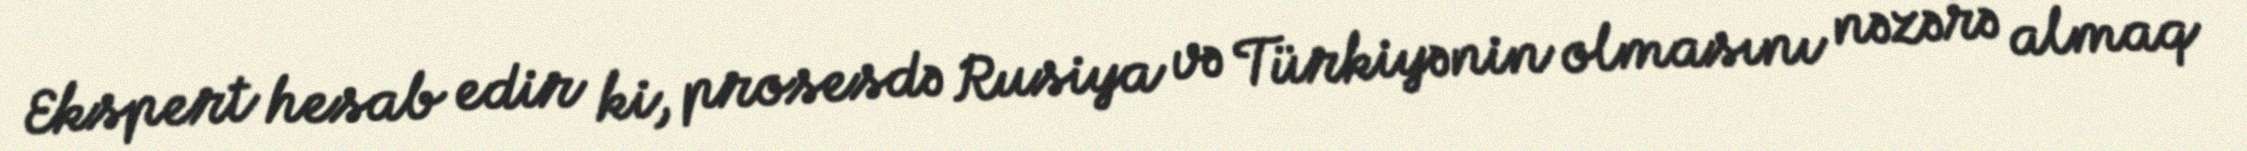
Ekspert hesab edir ki, prosesdə Rusiya və Türkiyənin olmasını nəzərə almaq